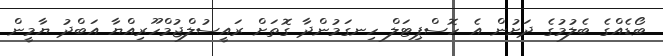
ބޯޑެއްގެ ބެލުމުގެ ދަށުން އެ ހޮސްޕިޓަލް ހިނގަމުންދާ ގޮތަށް ރައީސުލްޖުމްހޫރިއްޔާ އަބްދު ޔާމީން